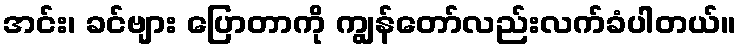
အင်း၊ ခင်ဗျား ပြောတာကို ကျွန်တော်လည်းလက်ခံပါတယ်။